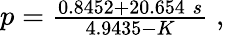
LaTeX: \begin{array}{r}{p=\frac{0.8452+20.654\; s}{4.9435-K}\; ,}\end{array}